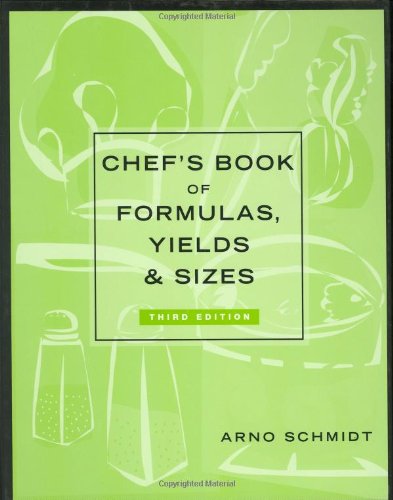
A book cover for Chef's Book of Formulas, Yields, and Sizes; Arno Schmidt; Cookbooks, Food & Wine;